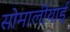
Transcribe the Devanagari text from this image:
सोमालीयाई